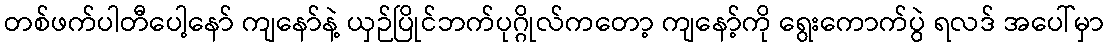
တစ်ဖက်ပါတီပေါ့နော် ကျနော်နဲ့ ယှဉ်ပြိုင်ဘက်ပုဂ္ဂိုလ်ကတော့ ကျနော့်ကို ရွေးကောက်ပွဲ ရလဒ် အပေါ်မှာ